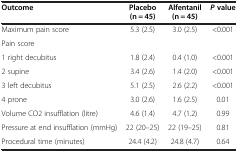
<table><thead><tr><td><b>Outcome</b></td><td><b>Placebo (n = 45)</b></td><td><b>Alfentanil (n = 45)</b></td><td><b><i>P </i>value</b></td></tr></thead><tbody><tr><td>Maximum pain score</td><td>5.3 (2.5)</td><td>3.0 (2.5)</td><td>&lt;0.001</td></tr><tr><td>Pain score</td><td> </td><td> </td><td> </td></tr><tr><td>1 right decubitus</td><td>1.8 (2.4)</td><td>0.4 (1.0)</td><td>&lt;0.001</td></tr><tr><td>2 supine</td><td>3.4 (2.6)</td><td>1.4 (2.0)</td><td>&lt;0.001</td></tr><tr><td>3 left decubitus</td><td>5.1 (2.5)</td><td>2.6 (2.2)</td><td>&lt;0.001</td></tr><tr><td>4 prone</td><td>3.0 (2.6)</td><td>1.6 (2.5)</td><td>0.01</td></tr><tr><td>Volume CO2 insufflation (litre)</td><td>4.6 (1.4)</td><td>4.7 (1.2)</td><td>0.99</td></tr><tr><td>Pressure at end insufflation (mmHg)</td><td>22 (20–25)</td><td>22 (19–25)</td><td>0.81</td></tr><tr><td>Procedural time (minutes)</td><td>24.4 (4.2)</td><td>24.8 (4.7)</td><td>0.64</td></tr></tbody></table>